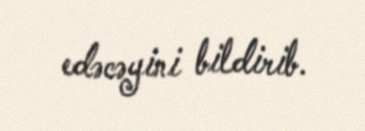
edəcəyini bildirib.